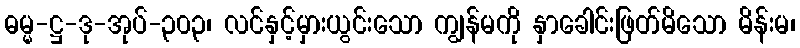
ဓမ္မ-ဋ္ဌ-ဒု-အုပ်-၃၀၃၊ လင်နှင့်မှားယွင်းသော ကျွန်မကို နှာခေါင်းဖြတ်မိသော မိန်းမ၊